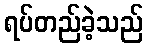
ရပ်တည်ခဲ့သည်